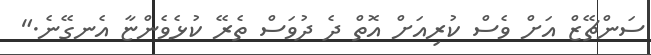
ސަންޗޭޒް އަށް ވެސް ކުރިއަށް އޮތް ދެ ދުވަސް ތެރޭ ކުޅެވެންޏާ އެނގޭނެ."